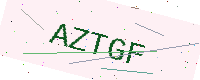
Text: AZTGF